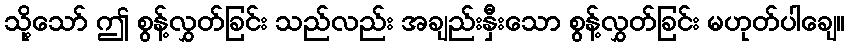
သို့သော် ဤ စွန့်လွှတ်ခြင်း သည်လည်း အချည်းနှီးသော စွန့်လွှတ်ခြင်း မဟုတ်ပါချေ။